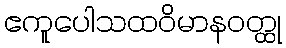
ဧကူပေါသထဝိမာနဝတ္ထု